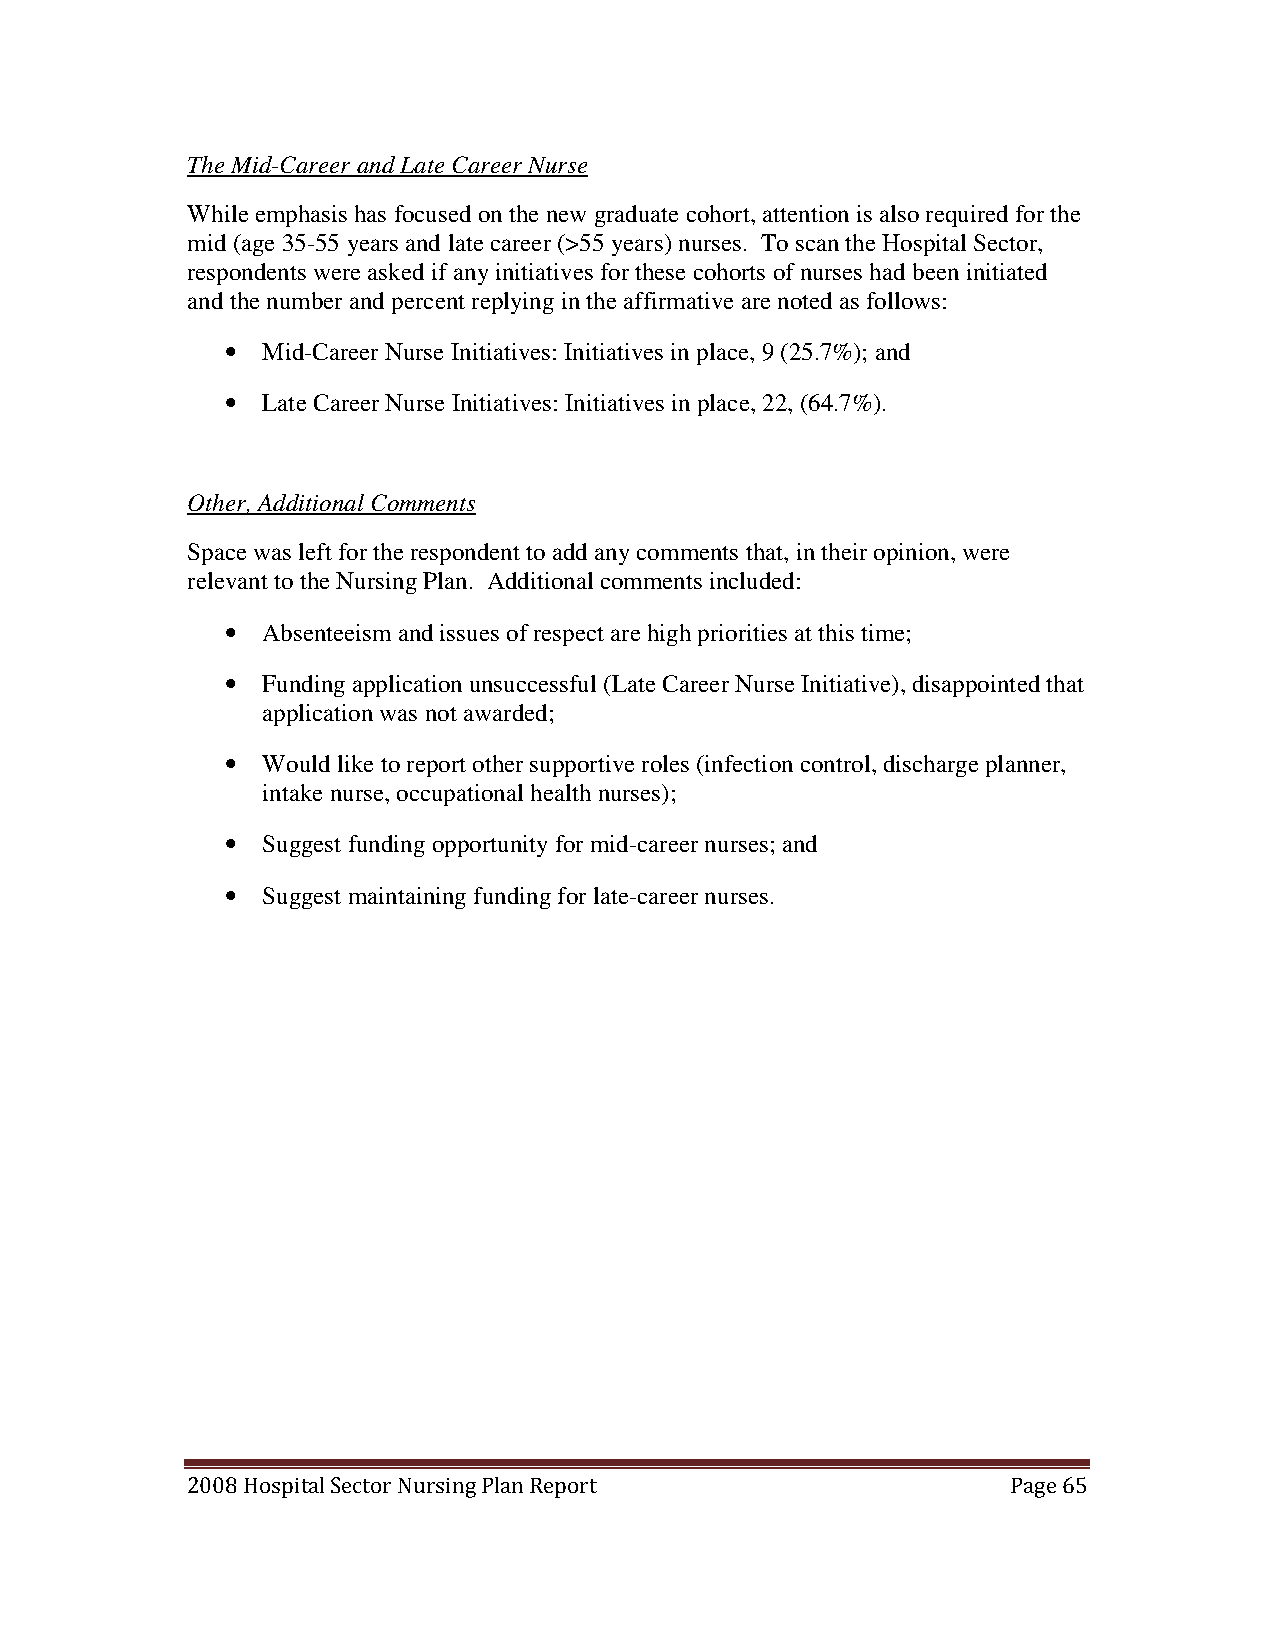
The Mid-Career and Late Career Nurse
 While emphasis has focused on the new graduate cohort, attention is also required for the
 mid (age 35-55 years and late career (>55 years) nurses. To scan the Hospital Sector,
 respondents were asked if any initiatives for these cohorts of nurses had been initiated
 and the number and percent replying in the affirmative are noted as follows:
 • Mid-Career Nurse Initiatives: Initiatives in place, 9 (25.7%); and
 • Late Career Nurse Initiatives: Initiatives in place, 22, (64.7%).
 Other, Additional Comments
 Space was left for the respondent to add any comments that, in their opinion, were
 relevant to the Nursing Plan. Additional comments included:
 • Absenteeism and issues of respect are high priorities at this time;
 • Funding application unsuccessful (Late Career Nurse Initiative), disappointed that
 application was not awarded;
 • Would like to report other supportive roles (infection control, discharge planner,
 intake nurse, occupational health nurses);
 • Suggest funding opportunity for mid-career nurses; and
 • Suggest maintaining funding for late-career nurses.
 2008 Hospital Sector Nursing Plan Report               Page 65